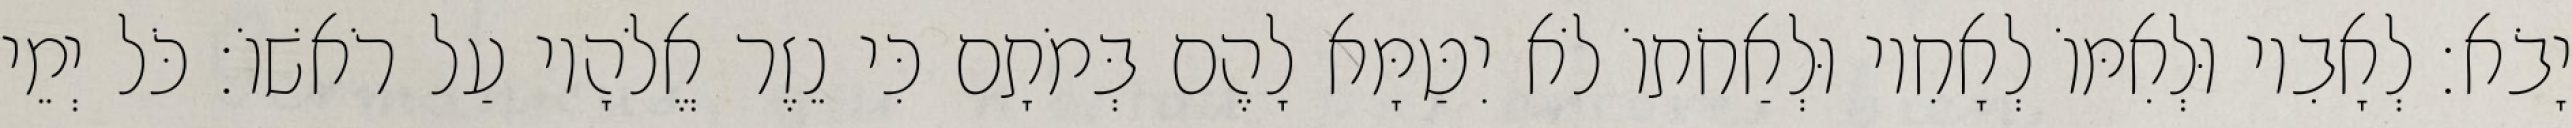
יָבֹא׃ לְאָבִיו וּלְאִמּוֹ לְאָחִיו וּלְאַחֹתוֹ לֹא יִטַּמָּא לָהֶם בְּמֹתָם כִּי נֵזֶר אֱלֹהָיו עַל רֹאשׁוֹ׃ כֹּל יְמֵי